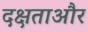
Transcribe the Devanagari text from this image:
दक्षताऔर